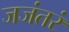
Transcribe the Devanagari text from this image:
जजंतरं